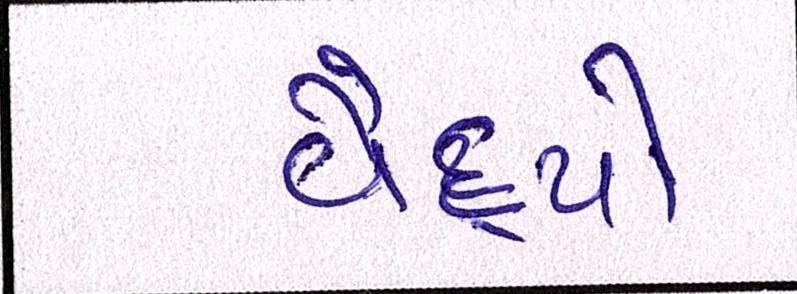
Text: વૈદ્યો